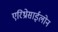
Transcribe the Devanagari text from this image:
एरिथ्रोसाईलोन